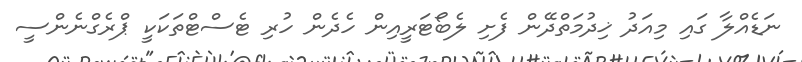
ނަޑެއްލާ ގައި މިއަދު ޚިދުމަތްދޭން ފެށި ލެބޯޓަރީއިން ހެދެން ހުރި ޓެސްޓްތަކަކީ ޕްރެގްނެންސީ